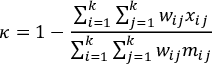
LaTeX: \kappa = 1 - { \frac { \sum _ { i = 1 } ^ { k } \sum _ { j = 1 } ^ { k } w _ { i j } x _ { i j } } { \sum _ { i = 1 } ^ { k } \sum _ { j = 1 } ^ { k } w _ { i j } m _ { i j } } }